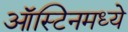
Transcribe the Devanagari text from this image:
ऑस्टिनमध्ये